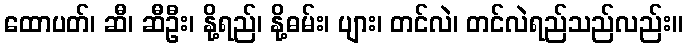
ထောပတ်၊ ဆီ၊ ဆီဦး၊ နို့ရည်၊ နို့ဓမ်း၊ ပျား၊ တင်လဲ၊ တင်လဲရည်သည်လည်း။